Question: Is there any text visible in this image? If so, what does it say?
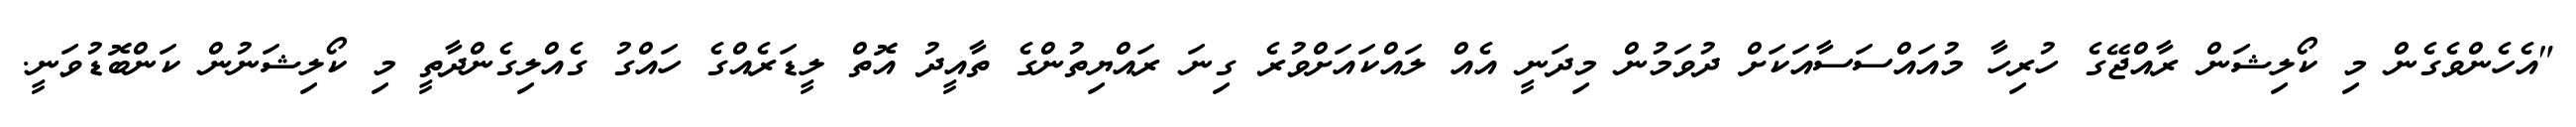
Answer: "އެހެންވެގެން މި ކޯލިޝަން ރާއްޖޭގެ ހުރިހާ މުއައްސަސާއަކަށް ދުވަމުން މިދަނީ އެއް ލައްކައަށްވުރެ ގިނަ ރައްޔިތުންގެ ތާއީދު އޮތް ލީޑަރެއްގެ ހައްގު ގެއްލިގެންދާތީ މި ކޯލިޝަނުން ކަންބޮޑުވަނީ.